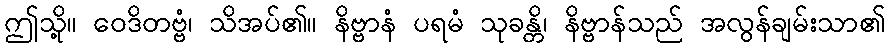
ဤသို့။ ဝေဒိတဗ္ဗံ၊ သိအပ်၏။ နိဗ္ဗာနံ ပရမံ သုခန္တိ၊ နိဗ္ဗာန်သည် အလွန်ချမ်းသာ၏